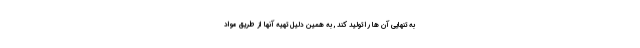
به تنهایی آن ها را تولید کند , به همین دلیل تهیه آنها از طریق مواد